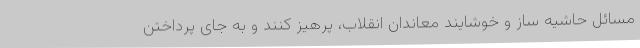
مسائل حاشیه ساز و خوشایند معاندان انقلاب، پرهیز کنند و به جای پرداختن